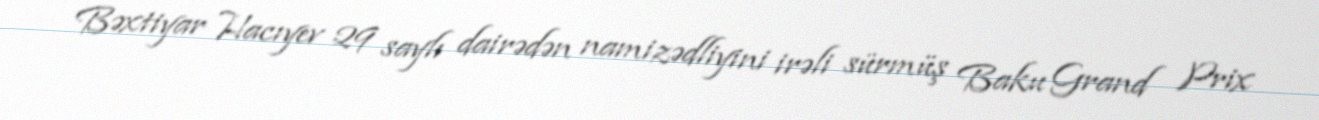
Bəxtiyar Hacıyev 29 saylı dairədən namizədliyini irəli sürmüş Baku Grand Prix